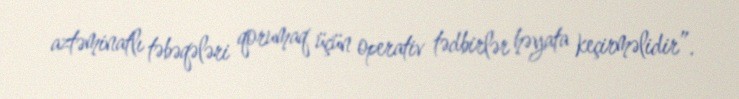
aztəminatlı təbəqələri qorumaq üçün operativ tədbirlər həyata keçirməlidir”.